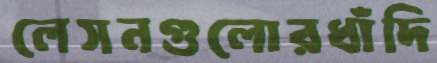
লেসনগুলোরধাঁদি